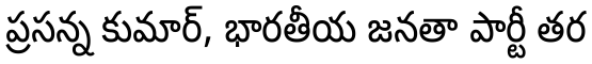
ప్రసన్న కుమార్, భారతీయ జనతా పార్టీ తర